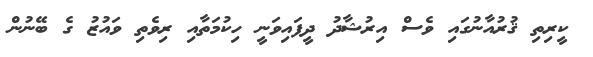
ކީރިތި ޤުރުއާނުގައި ވެސް އިރުޝާދު ދީފައިވަނީ ހިކުމަތާއި ރިވެތި ވައުޒު ގެ ބޭނުން